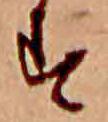
す